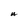
Character: A